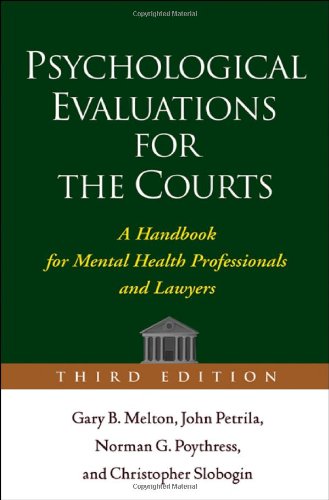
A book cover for Psychological Evaluations for the Courts, Third Edition: A Handbook for Mental Health Professionals and Lawyers; Gary B. Melton; Medical Books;